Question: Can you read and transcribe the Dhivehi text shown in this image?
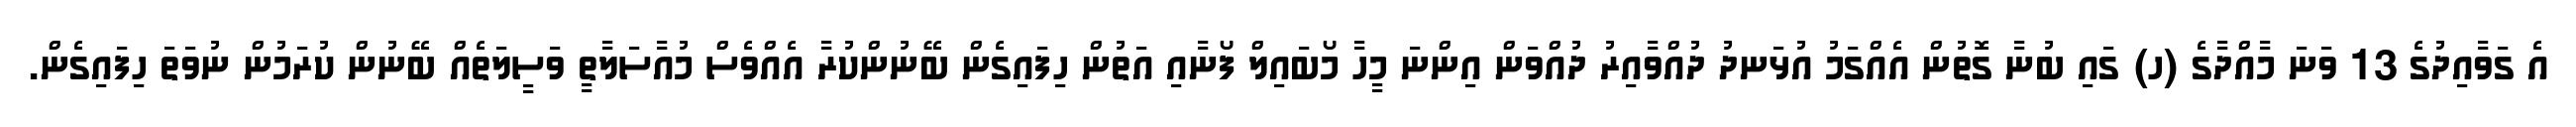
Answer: އެ ގަވާއިދުގެ 13 ވަނަ މާއްދާގެ (ހ) ގައި ބުނާ ގޮތުން އެއްގަމު އުޅަނދު ދުއްވާއިރު ދުއްވަން އިންނަ މީހާ މޯބައިލް ފޯނާއި އަތުން ހިފައިގެން ބޭނުންކުރާ އެއްވެސް މުއާސަލާތީ ވަސީލަތެއް ބޭނުން ކުރަމުން ނުވަތަ ހިފައިގެން.